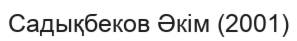
Садықбеков Әкім (2001)